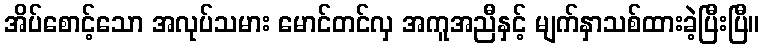
အိပ်စောင့်သော အလုပ်သမား မောင်တင်လှ အကူအညီနှင့် မျက်နှာသစ်ထားခဲ့ပြီးပြီ။